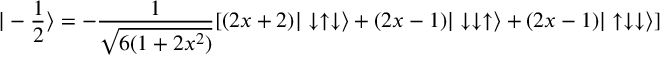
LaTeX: | - \frac { 1 } { 2 } \rangle = - \frac { 1 } { \sqrt { 6 ( 1 + 2 x ^ { 2 } ) } } [ ( 2 x + 2 ) | \downarrow \uparrow \downarrow \rangle + ( 2 x - 1 ) | \downarrow \downarrow \uparrow \rangle + ( 2 x - 1 ) | \uparrow \downarrow \downarrow \rangle ]